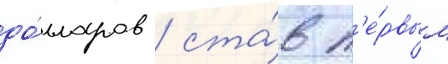
до́лларов / ста́в п'е́рвым